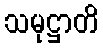
သမုဋ္ဌာတိ